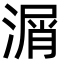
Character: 㴮